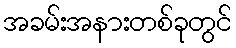
အခမ်းအနားတစ်ခုတွင်